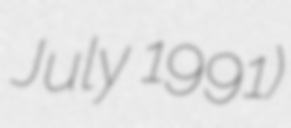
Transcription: July 1991)